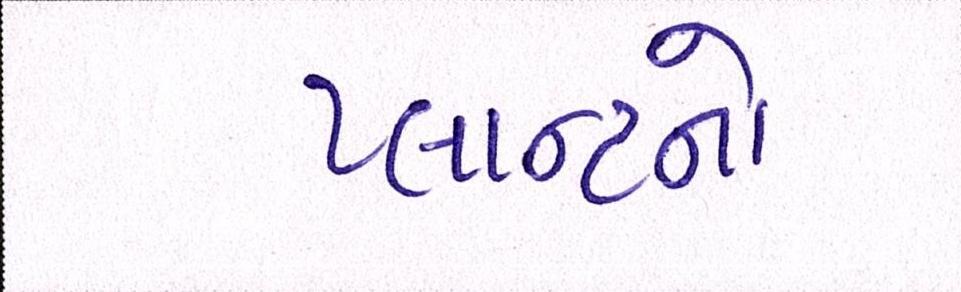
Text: પ્લાન્ટનો